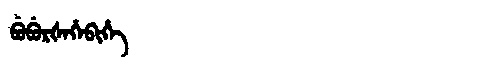
Manchu: ᠪᡠᠪᡠᡵᡧᡝᡥᡝᠪᡳᡥᡝ
Romanization: BUBURŠEHEBIHE